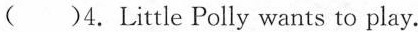
( )4.Little Polly wants to play.